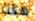
هكذا